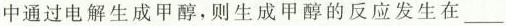
中通过电解生成甲醇，则生成甲醇的反应发生在___